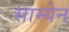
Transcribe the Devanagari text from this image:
साम्येन